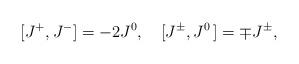
LaTeX: \begin{align*}[J^+, J^-]=-2J^0, \quad [J^\pm, J^0\,]=\mp J^\pm,\end{align*}